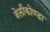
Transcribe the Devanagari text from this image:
वेलीकोण्डा